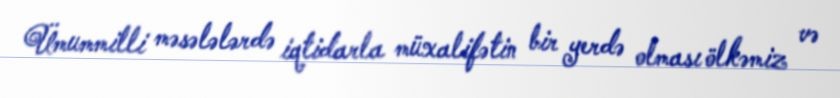
Ümummilli məsələlərdə iqtidarla müxalifətin bir yerdə olması ölkəmiz və